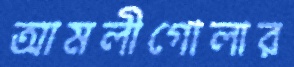
আমলীগোলার